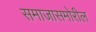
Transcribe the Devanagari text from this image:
समाजासमोरील